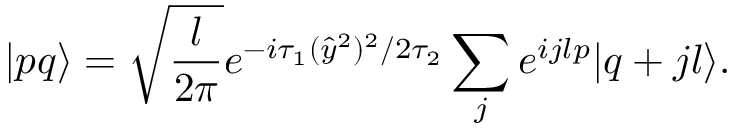
| p q \rangle = \sqrt { \frac { l } { 2 \pi } } e ^ { - i \tau _ { 1 } ( \hat { y } ^ { 2 } ) ^ { 2 } / { 2 \tau _ { 2 } } } \sum _ { j } e ^ { i j l p } | q + j l \rangle .